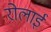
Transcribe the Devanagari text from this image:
रोलाई